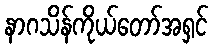
နာဂသိန်ကိုယ်တော်အရှင်